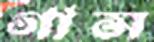
গাস